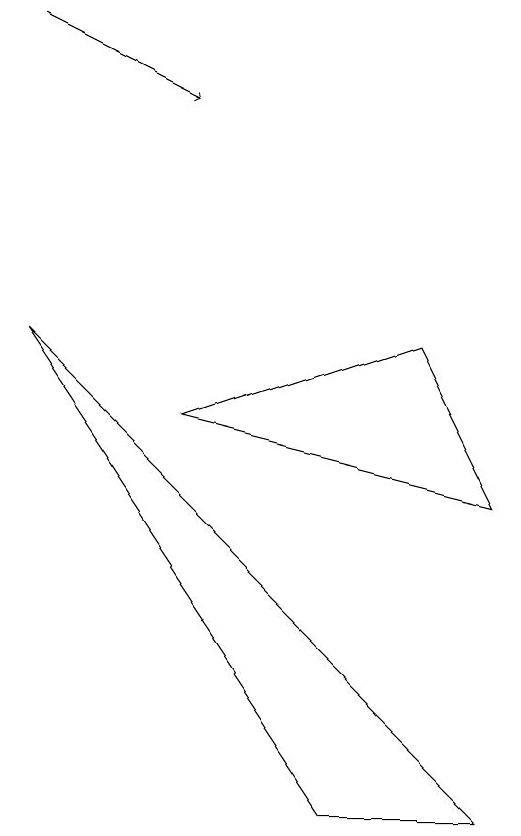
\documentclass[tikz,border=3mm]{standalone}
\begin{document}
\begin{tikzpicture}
\draw (5,1) -- (7,1) -- (1,7) -- cycle;
\draw[->] (1,11) -- (3,10);
\draw (3,6) -- (7,5) -- (6,7) -- cycle;
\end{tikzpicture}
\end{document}